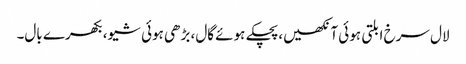
لال سرخ ابلتی ہوئی آنکھیں،پچکے ہوئے گال، بڑھی ہوئی شیو، بکھرے بال۔